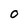
Character: 0